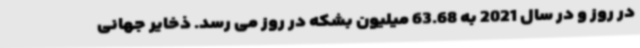
در روز و در سال 2021 به 63.68 میلیون بشکه در روز می رسد. ذخایر جهانی